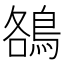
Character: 鵅